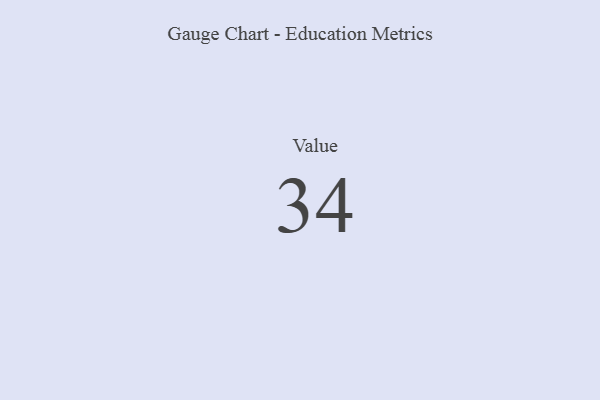
{"axis": {"x": "Metric", "y": "Value"}, "legend": [""], "data": [{"x": "Value", "y": 34, "type": ""}]}